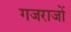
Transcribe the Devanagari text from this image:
गजराजों